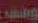
ود